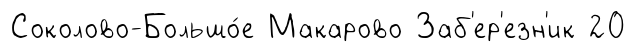
Соколово-Большо́е Макарово Заб'ер'езн'ик 20